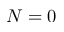
N = 0